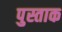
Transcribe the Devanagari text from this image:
पुस्ताक